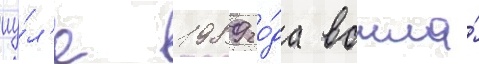
иу́л'е 1989 го́да вошла́